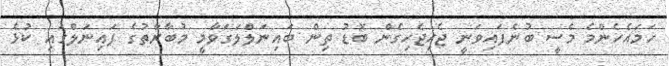
ހަމައެހެންމެ މެސީ ބުނެފައިވަނީ ޖެހިޖެހިގެން ބޮޑު ތިން ބައިނަލްލަގަވާމީ މުބާރާތުގެ ފައިނަލްގައި ކުޅެ